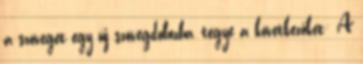
a szöveget egy új szövegdobozba, tegye a következőket: A